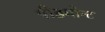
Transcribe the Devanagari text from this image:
पीडमोन्ट